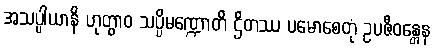
အသပ္ပါယာနိ ဟုတွာဝ သပ္ပိမဏ္ဍောတိ ဌိတဿ ပမောစေတုံ ဥပဇီဝန္တေန